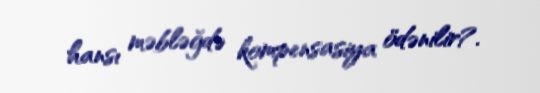
hansı məbləğdə kompensasiya ödənilir?.